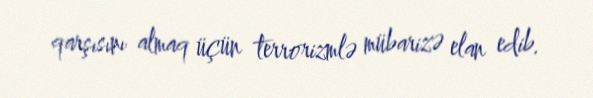
qarşısını almaq üçün terrorizmlə mübarizə elan edib.